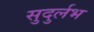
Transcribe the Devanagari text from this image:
सुदुर्लभ